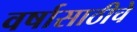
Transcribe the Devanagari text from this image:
वर्षासाठीचे